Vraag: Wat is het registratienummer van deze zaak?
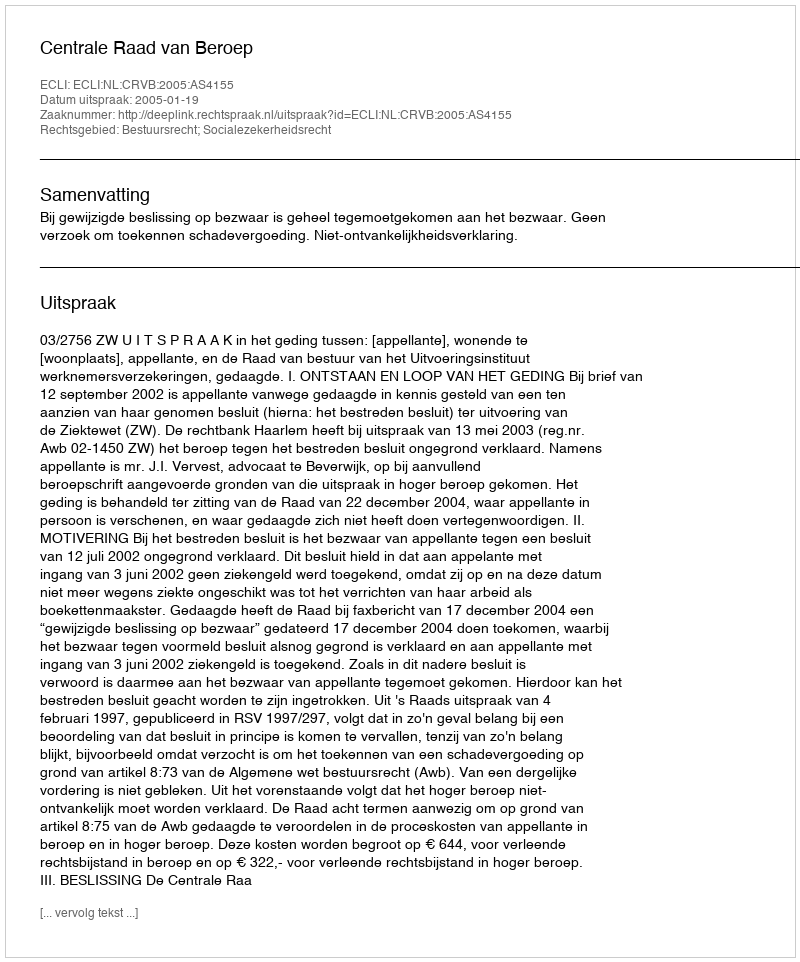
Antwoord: http://deeplink.rechtspraak.nl/uitspraak?id=ECLI:NL:CRVB:2005:AS4155